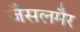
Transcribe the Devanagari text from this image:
जैसलमैर